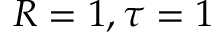
R = 1 , \tau = 1